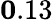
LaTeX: {\mathbf 0.13}